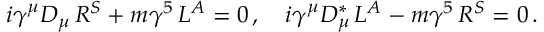
i \gamma ^ { \mu } D _ { \mu } \, { \cal R } ^ { S } + m \gamma ^ { 5 } \, { \cal L } ^ { A } = 0 \, , \quad i \gamma ^ { \mu } D _ { \mu } ^ { \ast } \, { \cal L } ^ { A } - m \gamma ^ { 5 } \, { \cal R } ^ { S } = 0 \, . \quad